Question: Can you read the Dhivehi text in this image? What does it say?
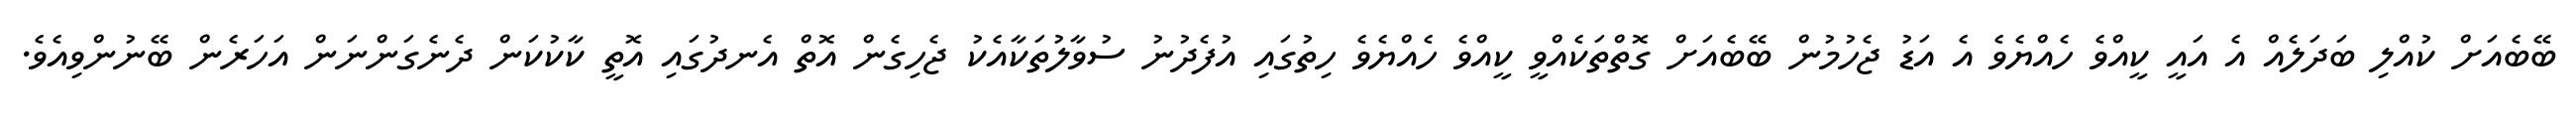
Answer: ބޭބެއަށް ކުއްލި ބަދަލެއް އެ އައީ ކީއްވެ ހެއްޔެވެ އެ އަޑު ޖެހުމުން ބޭބެއަށް ގޮތްތަކެއްވީ ކީއްވެ ހެއްޔެވެ ހިތުގައި އުފެދުނު ސުވާލުތަކާއެކު ޖެހިގެން އޮތް އެނދުގައި އޮތީ ކާކުކަން ދެނެގަންނަން އަހަރެން ބޭނުންވިއެވެ.